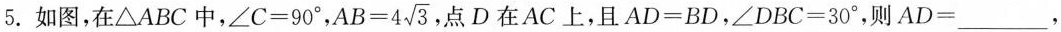
5.如图，在\triangle ABC中，$$\angle C=90^{\circ}$$，$$AB=4 \sqrt{3}$$，点D在AC上，且$$AD=BD$$，$$\angle DBC=30^{\circ}$$，则$$AD=___$$，